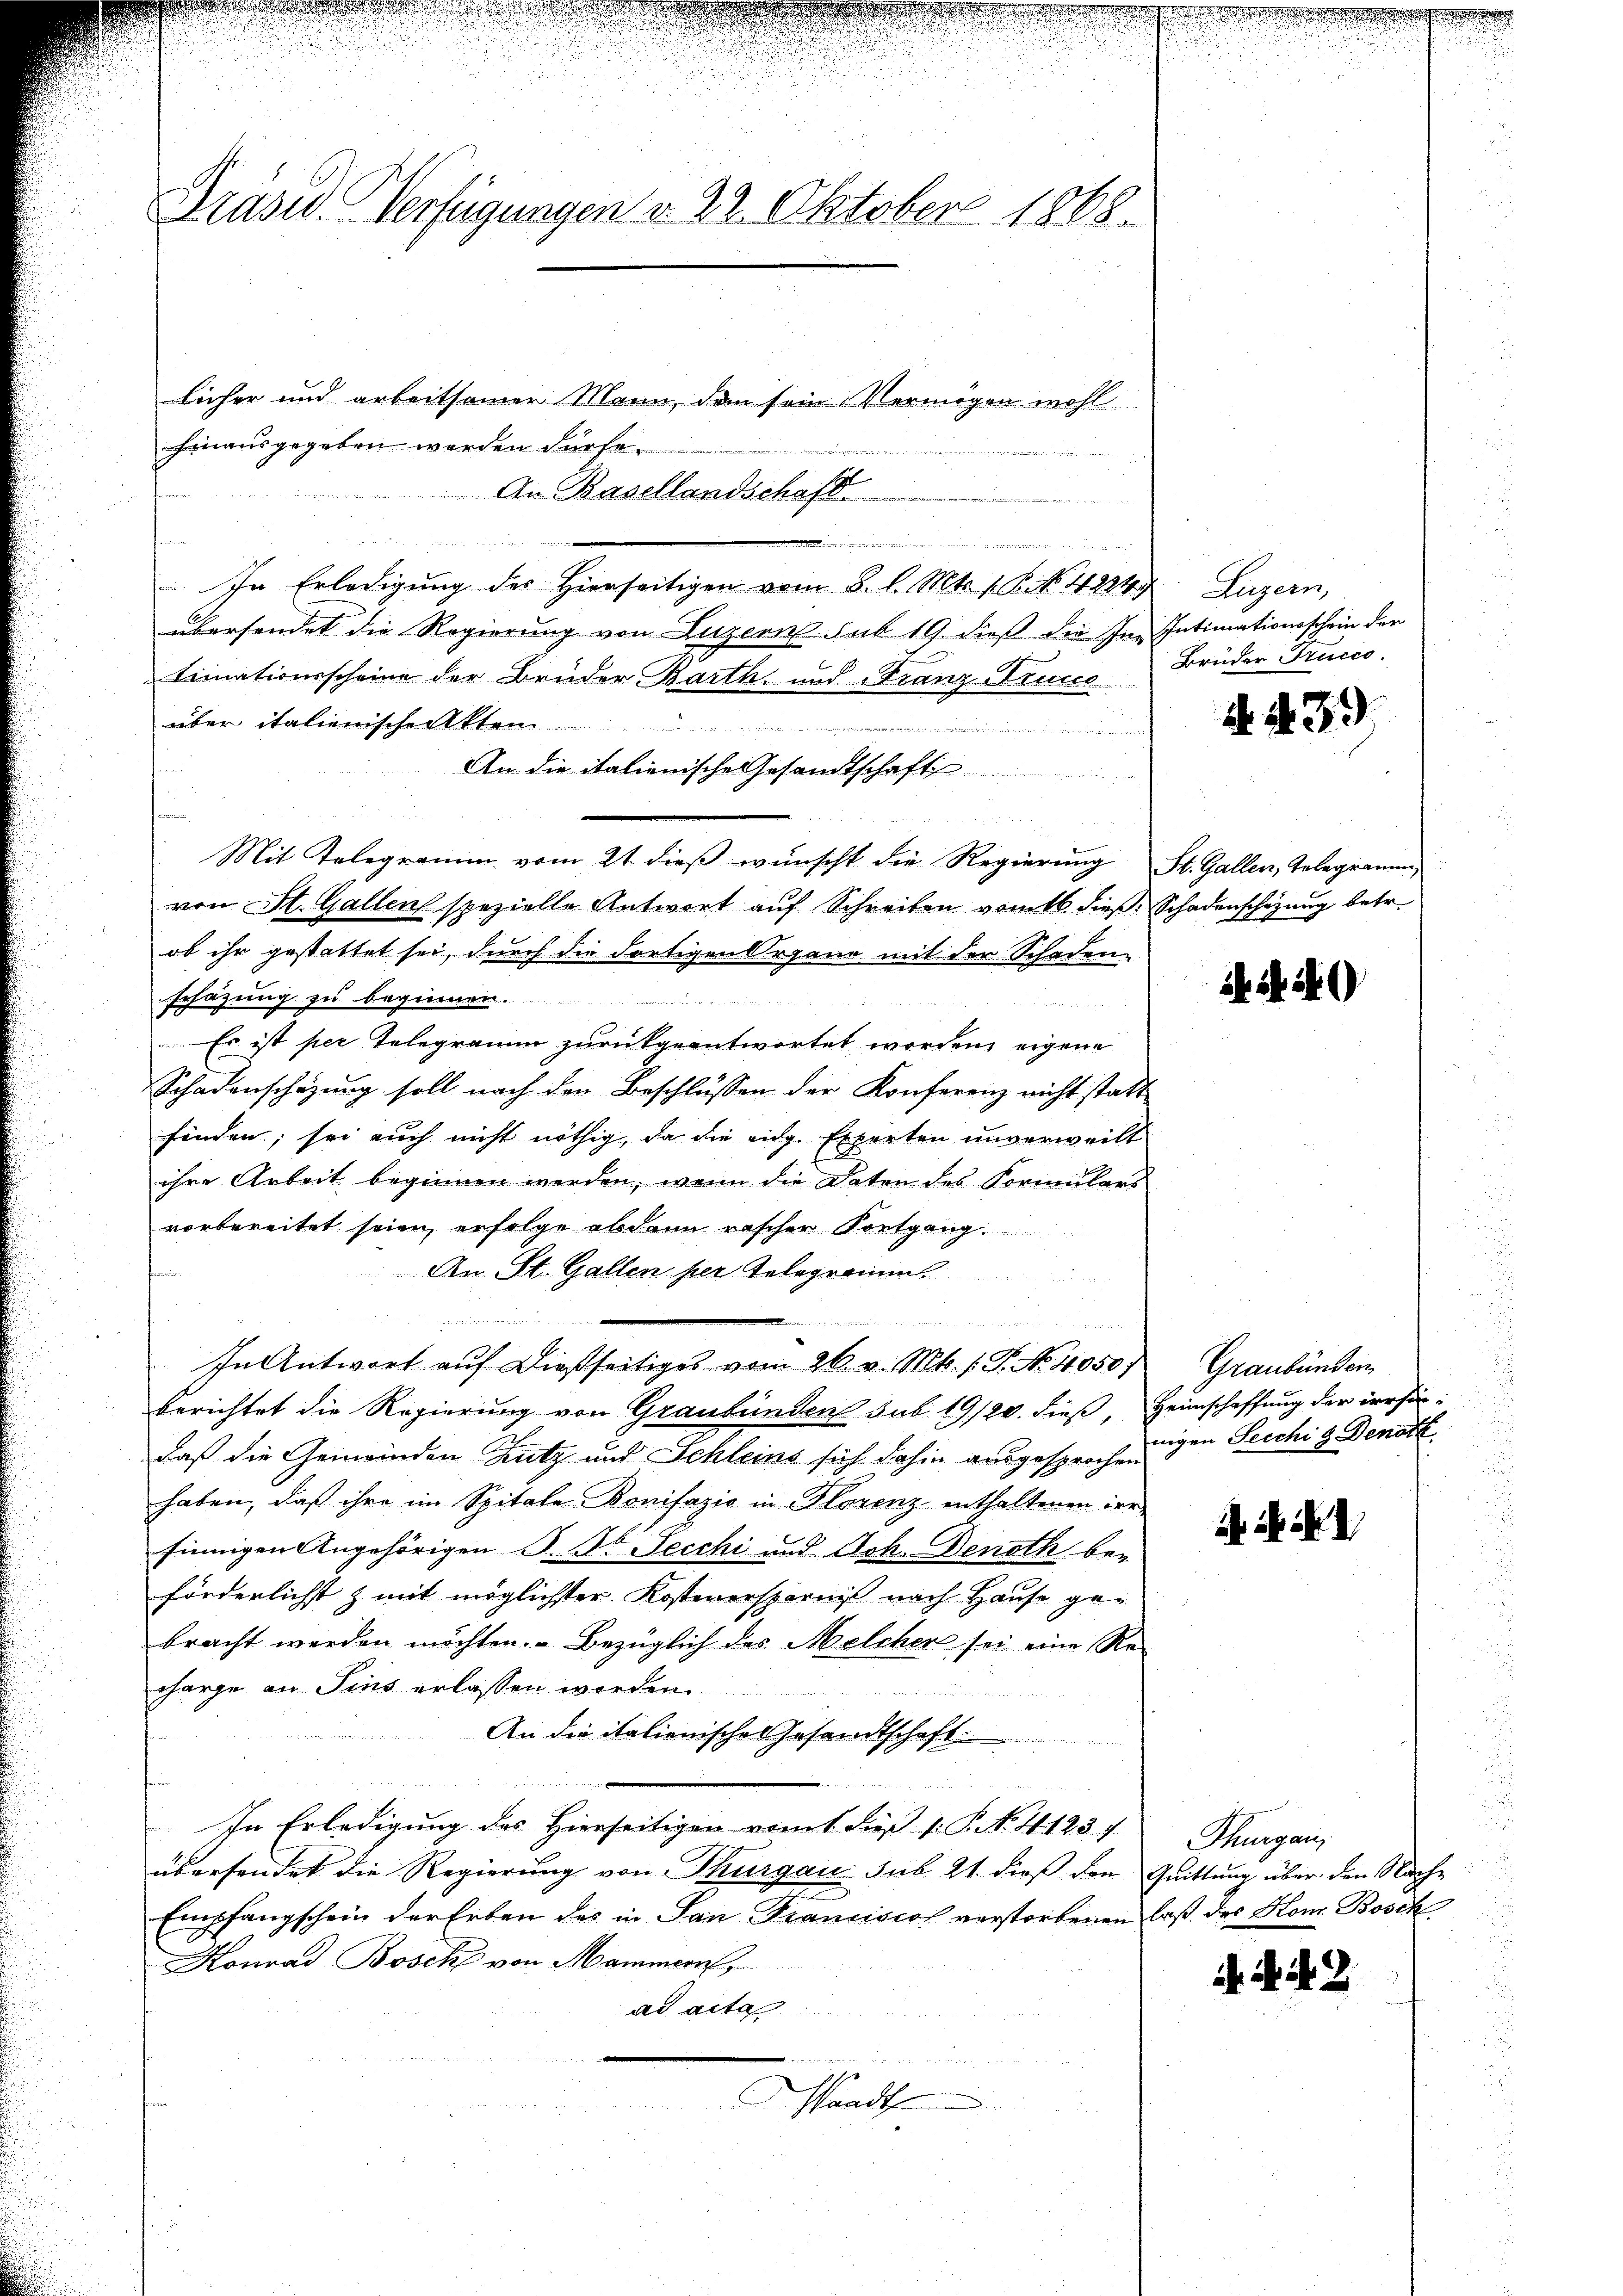
Präsid. Verfügungen v. 22. Oktober 1888.

.

.

licher und arbeitsamer Mann, den sein Vermögen wohl
hinausgegeben werden dürfe.
An Basellandschaft

.
In Erledigung des Hierseitigen vom 8. l. Mts. f. P. No. 4224
übersendet die Regierung von Luzern sub 19. dieß die In
timationsscheine der Brüder Barth, und Franz Grund
über italienischenkten

An die italienische Gesandtschaft
s
Mit Telegramm vom 21. dieß wünscht die Regierung St. Gallen, Gelegramm,
von St. Gallen spezielle Antwort auf Schreiben vom 16. dieß. Schadenschazung betr.
ob ihr gestattet sei, durch die dortigen Organo mit der Schaden-
schazung zu beginnen.
Es ist per Telegramm zurükgeantwortet worden eigene
Schadenschazung soll nach den Beschlüssen der Konferenz nicht statt
finden; sei auch nicht nöthig, da die eidg. Experten unverweilt
ihre Arbeit beginnen werden, wenn die Deten des Formulars
vorbereitet seien, erfolge abdann rascher Kontgang
An St. Gallen per Telegramm
  , den in Momen der au
In Antwort auf dießseitiges vom 26. v. Mts. 1. P. No. 11050/
berichtet die Regierung von Graubünden sub 19/20. dieß Heimschaffung der irrsindaß die Gemeinden Zutz und Schleins sich dahin ausgesprochen
haben, daß ihre im Spitale Bonifazić in Florenz enthaltenen irr
sinnigen Angehörigen S. St. Jecchi und Joh. Denoth bei
förderlichst & mit möglichster Kostenersparniß nach Hause gebracht werden möchten. Bezüglich des Melcher sei eine Recharge an Sins erlassen worden
n
An die italienische Gesandtschaft.
In Erledigung des Hierseitigen vomt dieß 1: P. No. 4123. 1
übersendet die Regierung von Thurgau sub 21. dieß den Quittung über den Nach¬
Empfangschein der Erben des in San Francisco verstorbenen laß des Konr. Bosck¬
Konrad Bosch von Mammern
ad acta

Handt

Luzern,
Intimationsschein der
Brüder Trucco.

N. N. 39

SS 19

Graubünden
nigen Secchi g Denoth

A. F. XI

Thurgau,

i. d. d. 2